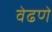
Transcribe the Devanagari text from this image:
वेढणे